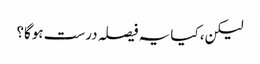
لیکن، کیا یہ فیصلہ درست ہوگا؟